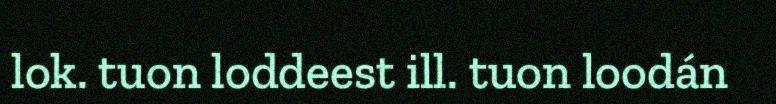
lok. tuon loddeest ill. tuon loodán